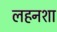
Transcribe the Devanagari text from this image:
लहनशा